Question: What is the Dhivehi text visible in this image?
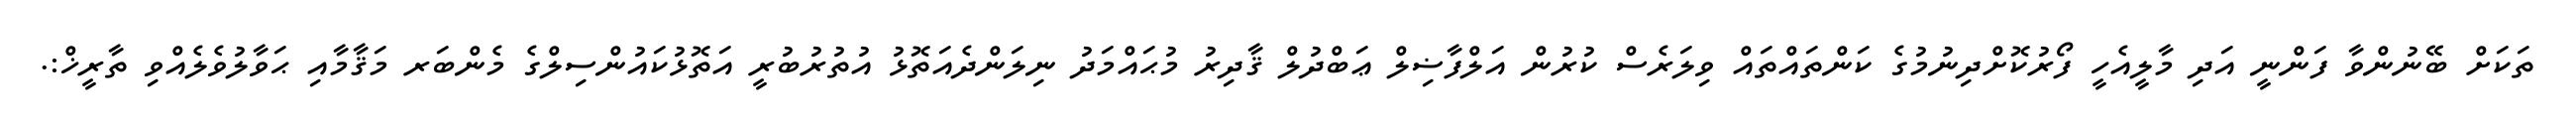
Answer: ތަކަށް ބޭނުންވާ ފަންނީ އަދި މާލީއެހީ ފޯރުކޮށްދިނުމުގެ ކަންތައްތައް ވިލަރެސް ކުރުން އަލްފާޟިލް ޢަބްދުލް ޤާދިރު މުޙައްމަދު ނިލަންދެއަތޮޅު އުތުރުބުރީ އަތޮޅުކައުންސިލްގެ މެންބަރ މަޤާމާއި ޙަވާލުވެލެއްވި ތާރީޚް:.